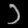
Digit: ၁